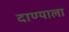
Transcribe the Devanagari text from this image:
दाण्याला